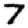
Digit: 7